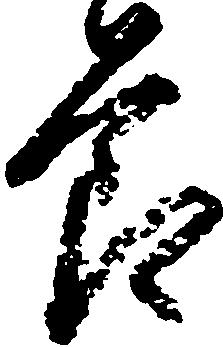
節